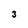
Character: 3